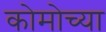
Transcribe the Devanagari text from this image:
कोमोच्या